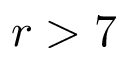
r > 7